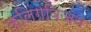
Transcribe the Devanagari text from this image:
कलिंगविजय